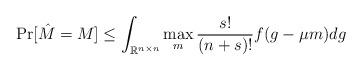
LaTeX: \begin{align*} \Pr[\hat{M} = M] \leq \int_{\mathbb{R}^{n \times n}} \max_{m} \frac{s!}{(n+s)!}f(g-\mu m) dg \end{align*}